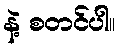
နဲ့ စတင်ပါ။